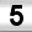
Digit: 5